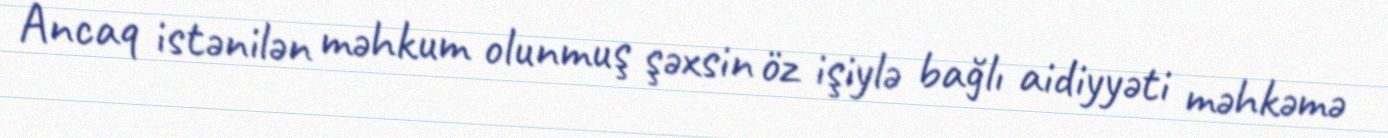
Ancaq istənilən məhkum olunmuş şəxsin öz işiylə bağlı aidiyyəti məhkəmə